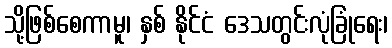
သို့ဖြစ်စေကာမူ၊ နှစ် နိုင်ငံ ဒေသတွင်းလုံခြုံရေး၊